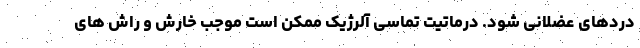
دردهای عضلانی شود. درماتیت تماسی آلرژیک ممکن است موجب خارش و راش های